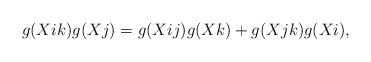
LaTeX: \begin{align*} g(Xik)g(Xj)=g(Xij)g(Xk)+g(Xjk)g(Xi), \end{align*}